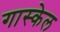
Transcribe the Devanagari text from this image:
गास्केल